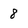
Character: 8